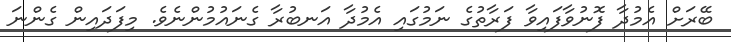
ބޭރަށް އެމުދާ ފޮނުވާފައިވާ ފަރާތުގެ ނަމުގައި އެމުދާ އަނބުރާ ގެނައުމުންނެވެ. މިފަދައިން ގެންނަ